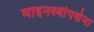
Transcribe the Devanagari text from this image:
माइनस्वीपर्सना